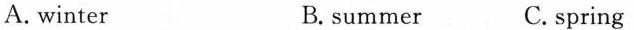
A. winter B. summer C. spring